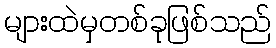
များထဲမှတစ်ခုဖြစ်သည်